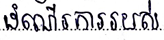
ដំណើរការរបស់